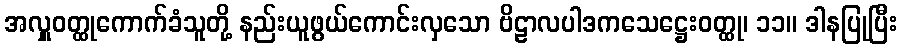
အလှူဝတ္ထုကောက်ခံသူတို့ နည်းယူဖွယ်ကောင်းလှသော ဗိဠာလပါဒကသေဋ္ဌေးဝတ္ထု၊ ၁၁။ ဒါနပြုပြီး